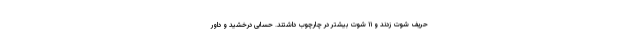
حریف شوت زدند و ۱۱ شوت بیشتر در چارچوب داشتند. حسابی درخشید و داور